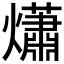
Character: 𤑳